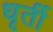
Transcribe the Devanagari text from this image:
धृर्ती